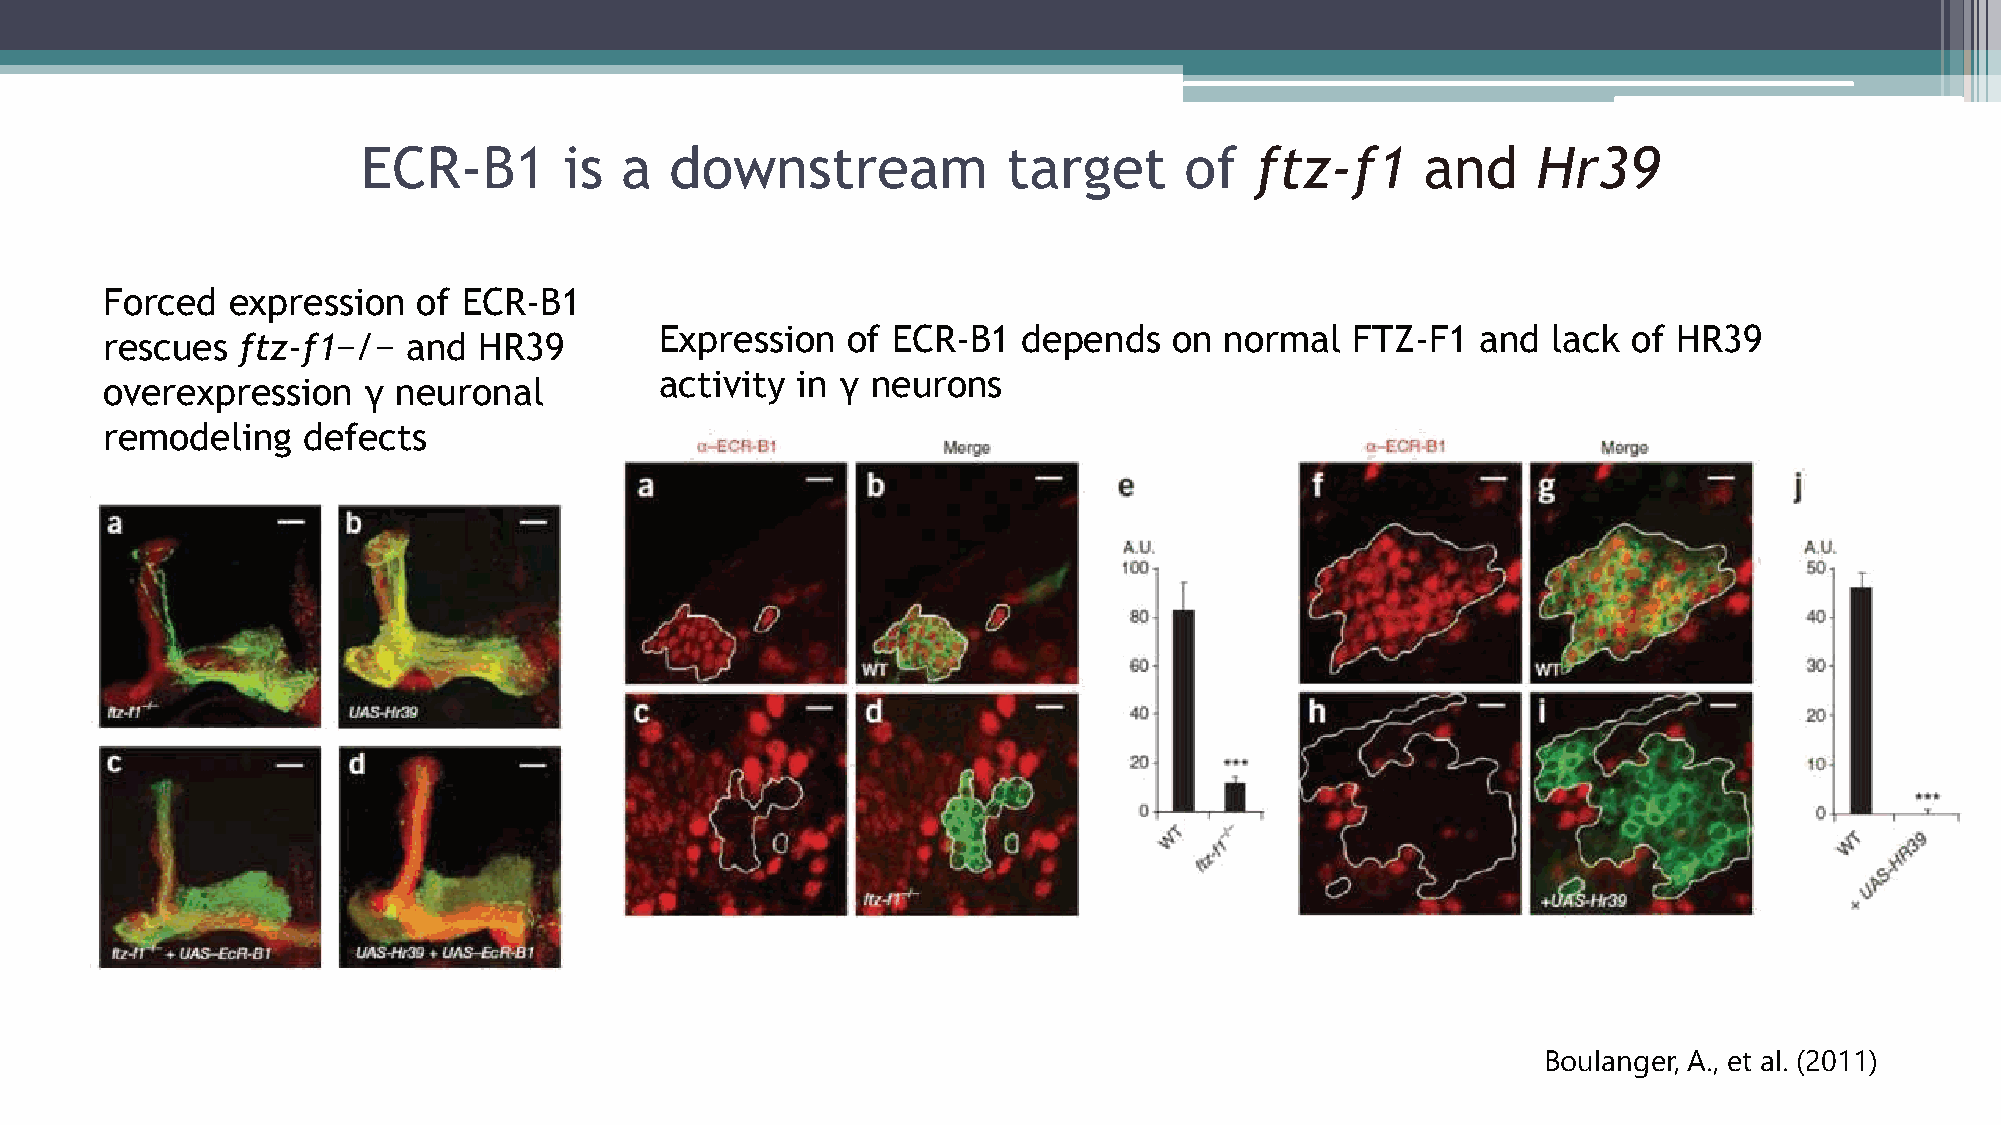
ECR-B1       is  a  downstream             target     of   ftz-f1     and     Hr39
 Forced  expression   of ECR-B1
 Expression  of ECR-B1   depends   on normal   FTZ-F1  and  lack of HR39
 rescues  ftz-f1−/−  and  HR39
 activity in γ neurons
 overexpression   γ neuronal
 remodeling   defects
 Boulanger, A., et al. (2011)